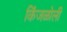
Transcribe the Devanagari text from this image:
किंजळोली